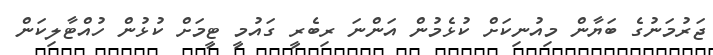
ޖަރުމަނުގެ ބަޔާން މިއުނިކަށް ކުޅެމުން އަންނަ ރިބެރީ ގައުމީ ޓީމަށް ކުޅުން ހުއްޓާލިކަން